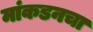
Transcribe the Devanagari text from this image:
मांकडनचा